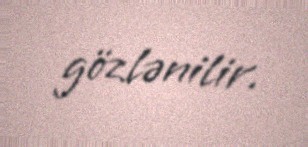
gözlənilir.